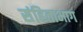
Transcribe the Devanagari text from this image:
संहिताभाग